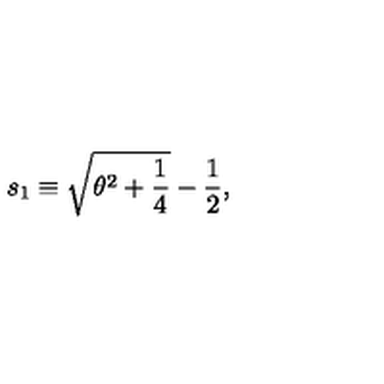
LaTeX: s _ { 1 } \equiv \sqrt { \theta ^ { 2 } + \frac { 1 } { 4 } } - \frac { 1 } { 2 } ,